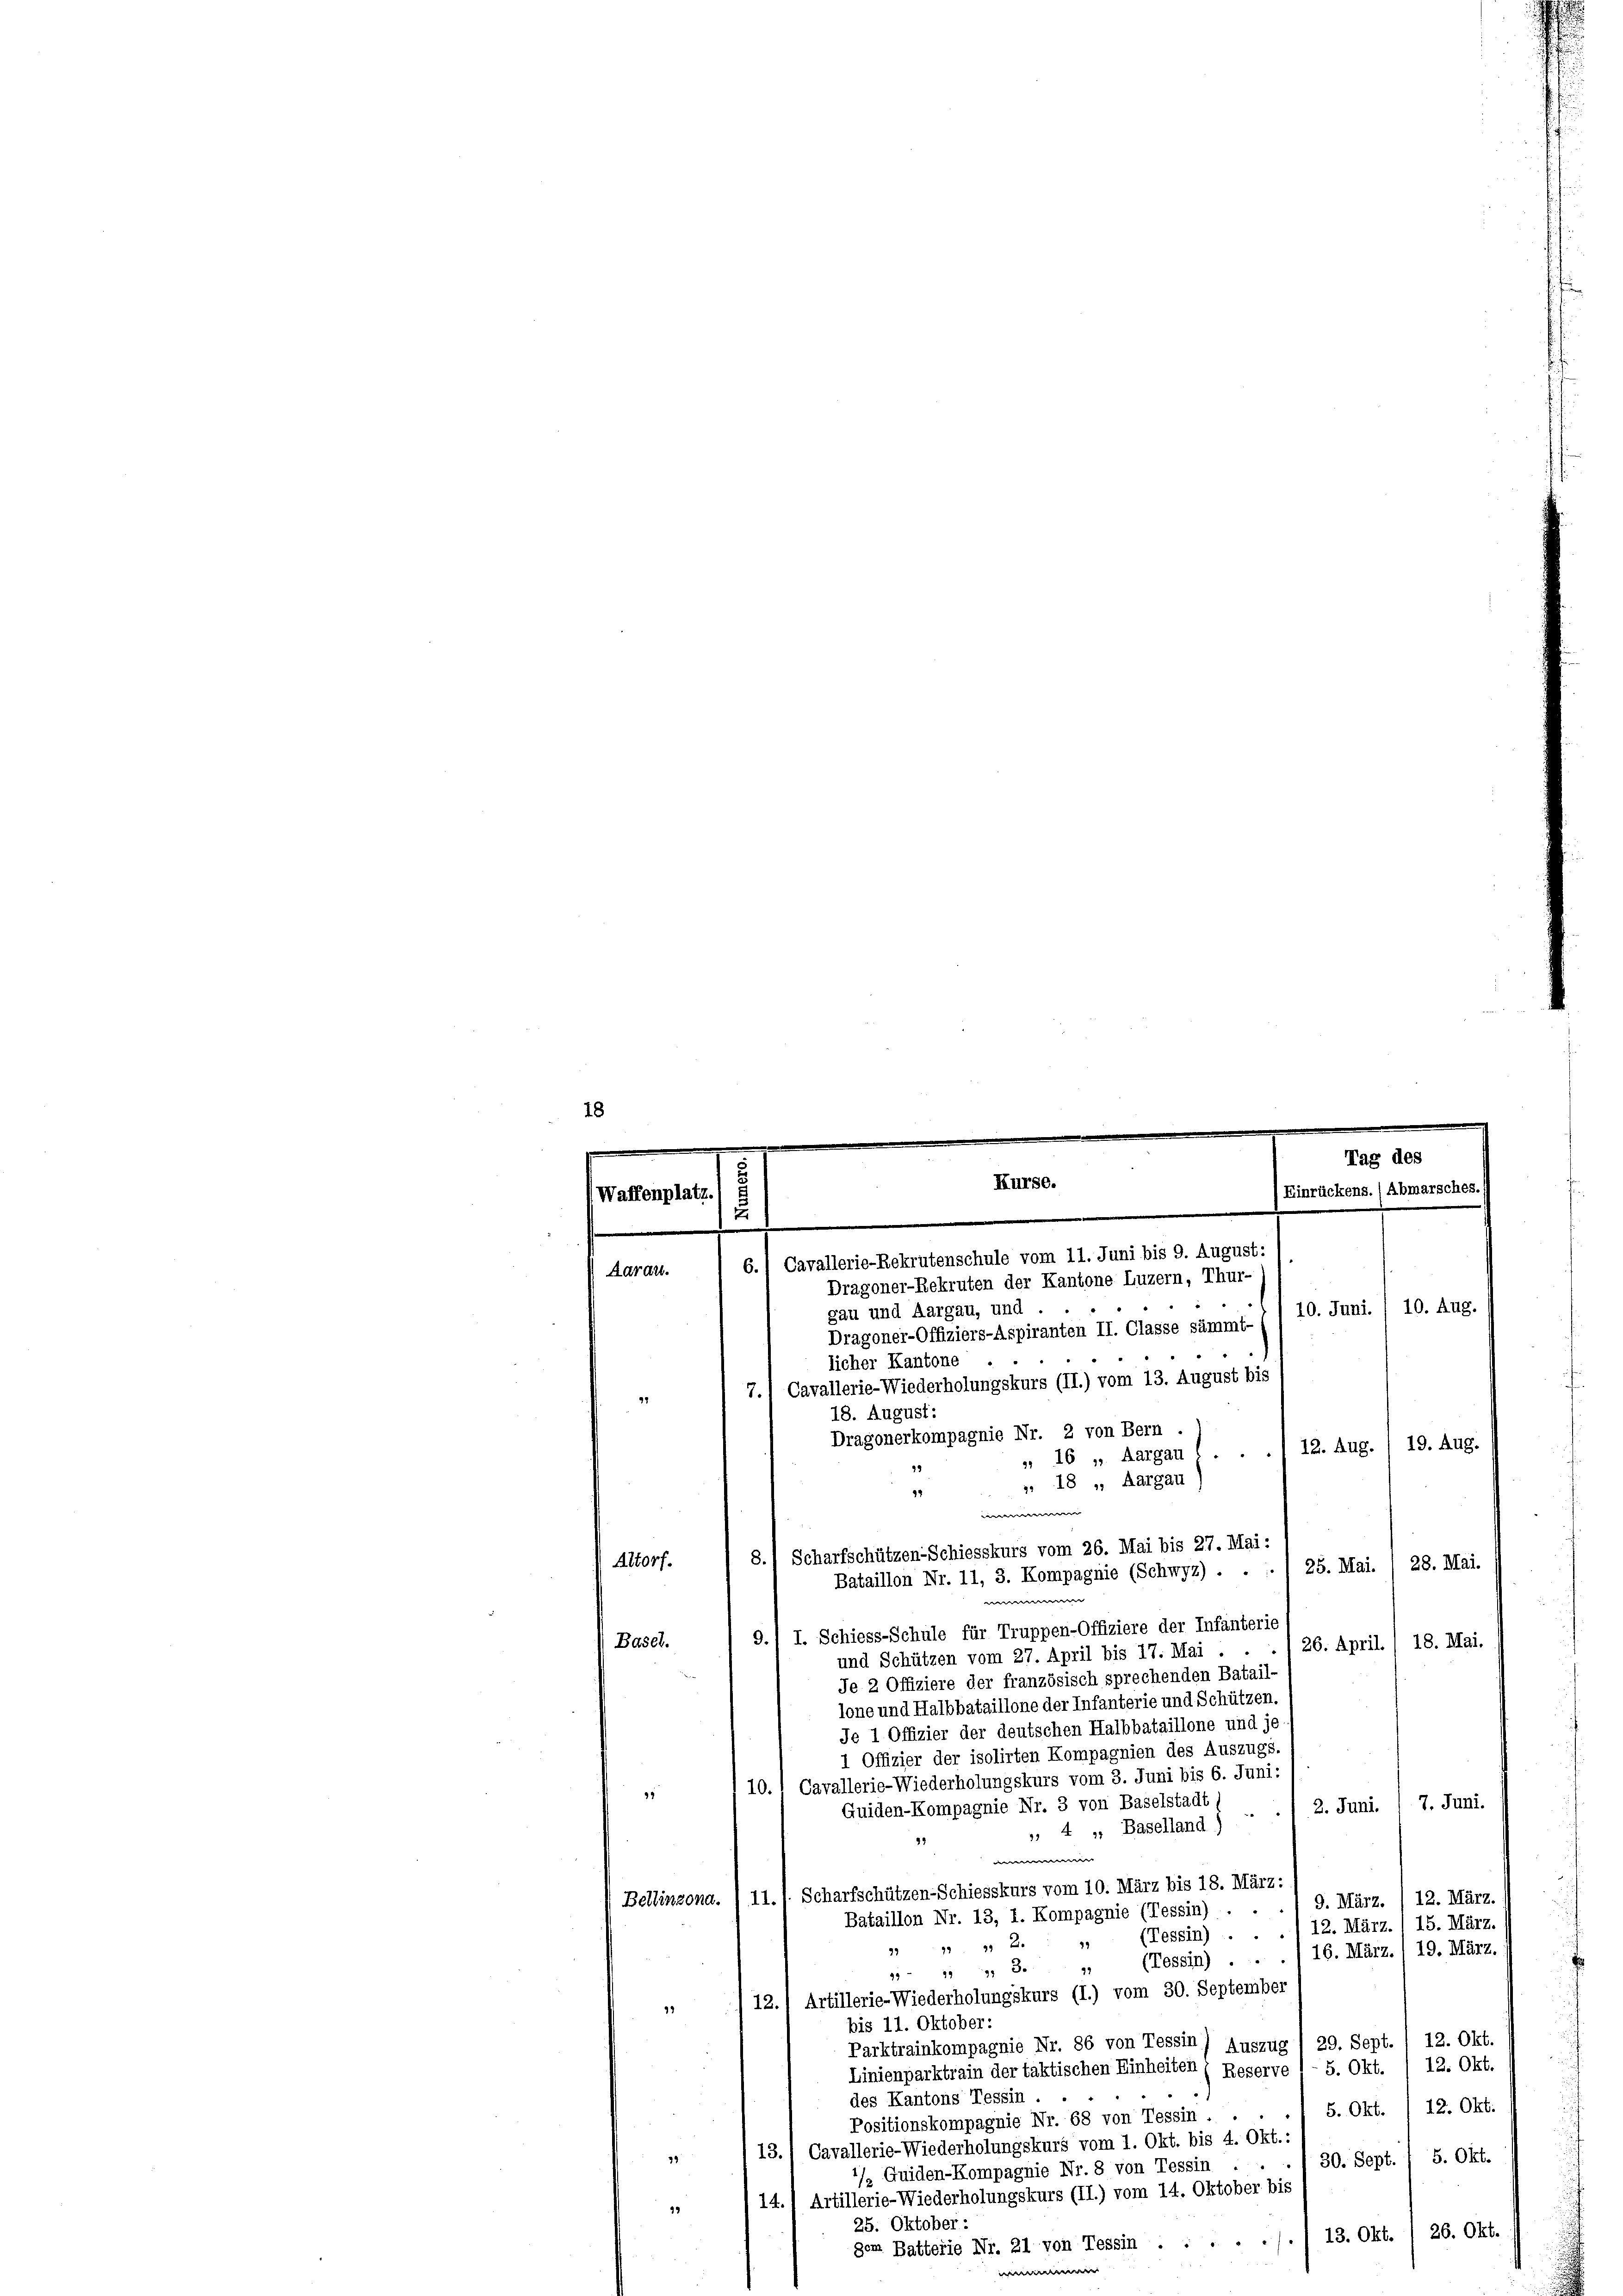
97

|
Tag des
e
Kurse.
Einrückens. (Abmarsches
Waffenplatz
.
6.) Cavallerie-Rekrutenschule vom 11. Juni bis 9. August:
Aarau.
Dragoner-Rekruten der Kantone Luzern, Thur-

18

10. Juni. / 10. Aug.
gau und Aargau, und
Dragoner-Offiziers-Aspiranten II. Classe sämmt-
7.) Cavallerie-Wiederholungskurs (II.) vom 13. August bis
Dragonerkompagnie Nr. 2 von Bern .
12. Aug. ) 19. Aug.
„ 16 u. Aargau l.
», 18 „ Aargau
Altorf.
28. Mai.
25. Mai.
e
9.; I. Schiess-Schule für Truppen-Offiziere der Infanterie
(Basel.
18. Mai.
26. April.
und Schützen vom 27. April bis 17. Mai . .
Je 2 Offiziere der französisch sprechenden Batail-
lone und Halbbataillone der Infanterie und Schützen.
Je 1 Offizier der deutschen Halbbataillone und je
1 Offizier der isolirten Kompagnien des Auszugs.
10.1 Cavallerie-Wiederholungskurs vom 3. Juni bis 6. Juni:
91
/ 2. Juni. 1. 7. Juni.
Guiden-Kompagnie Nr. 3 von Baselstadt
.
, 4. „ Baselland)
4

Bellinzona. , 11., Scharfschützen-Schiesskurs vom 10. März bis 18. März:
9. März. 12. März
Bataillon Nr. 13, I. Kompagnie (Tessin)
12. März. 15. März.
(Tessin) ..
19
24 x
(Tessin) . . . 16. März. 1 19. März.
97
95 - 111 3.
12.) Artillerie-Wiederholungskurs (I.) vom 30. September
99
bis 11. Oktober:
29. Sept. 12. Okt.
Parktrainkompagnie Nr. 86 von Tessin) Auszug
Linienparktrain der taktischen Einheiten ( Reserve l - 5. Okt. / 12. Okt.
des Kantons Tessin . .
Positionskompagnie Nr. 68 von Tessin . . . . 1 5. Okt. /12. Okt.
13.) Cavallerie-Wiederholungskurs vom 1. Okt. bis 4. Okt.:
2
30. Sept. / 5. Okt.
/ Guiden-Kompagnie Nr. 8 von Tessin .
14.) Artillerie-Wiederholungskurs (II.) vom 14. Oktober bis
4
25. Oktober:
26. Okt.
13. Okt.
gem Batterie Nr. 21 von Tessin .....

licher Kantone
18. August:

8.

94
e
Scharfschützen-Schiesskurs vom 26. Mai bis 27. Mai:
Bataillon Nr. 11, 3. Kompagnie (Schwyz) . .